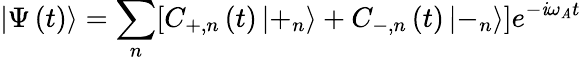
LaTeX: \left|\Psi\left(t\right)\right\rangle=\sum_{n}[C_{+,n}\left(t\right)\left|+_{n}\right\rangle+C_{-,n}\left(t\right)\left|-_{n}\right\rangle]e^{-\mathit{i}\omega_{\mathit{A}}t}